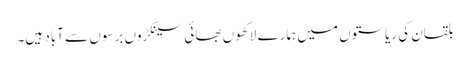
بلقان کی ریاستوں میں ہمارے لاکھوں بھائی سینکڑوں برسوں سے آباد ہیں۔